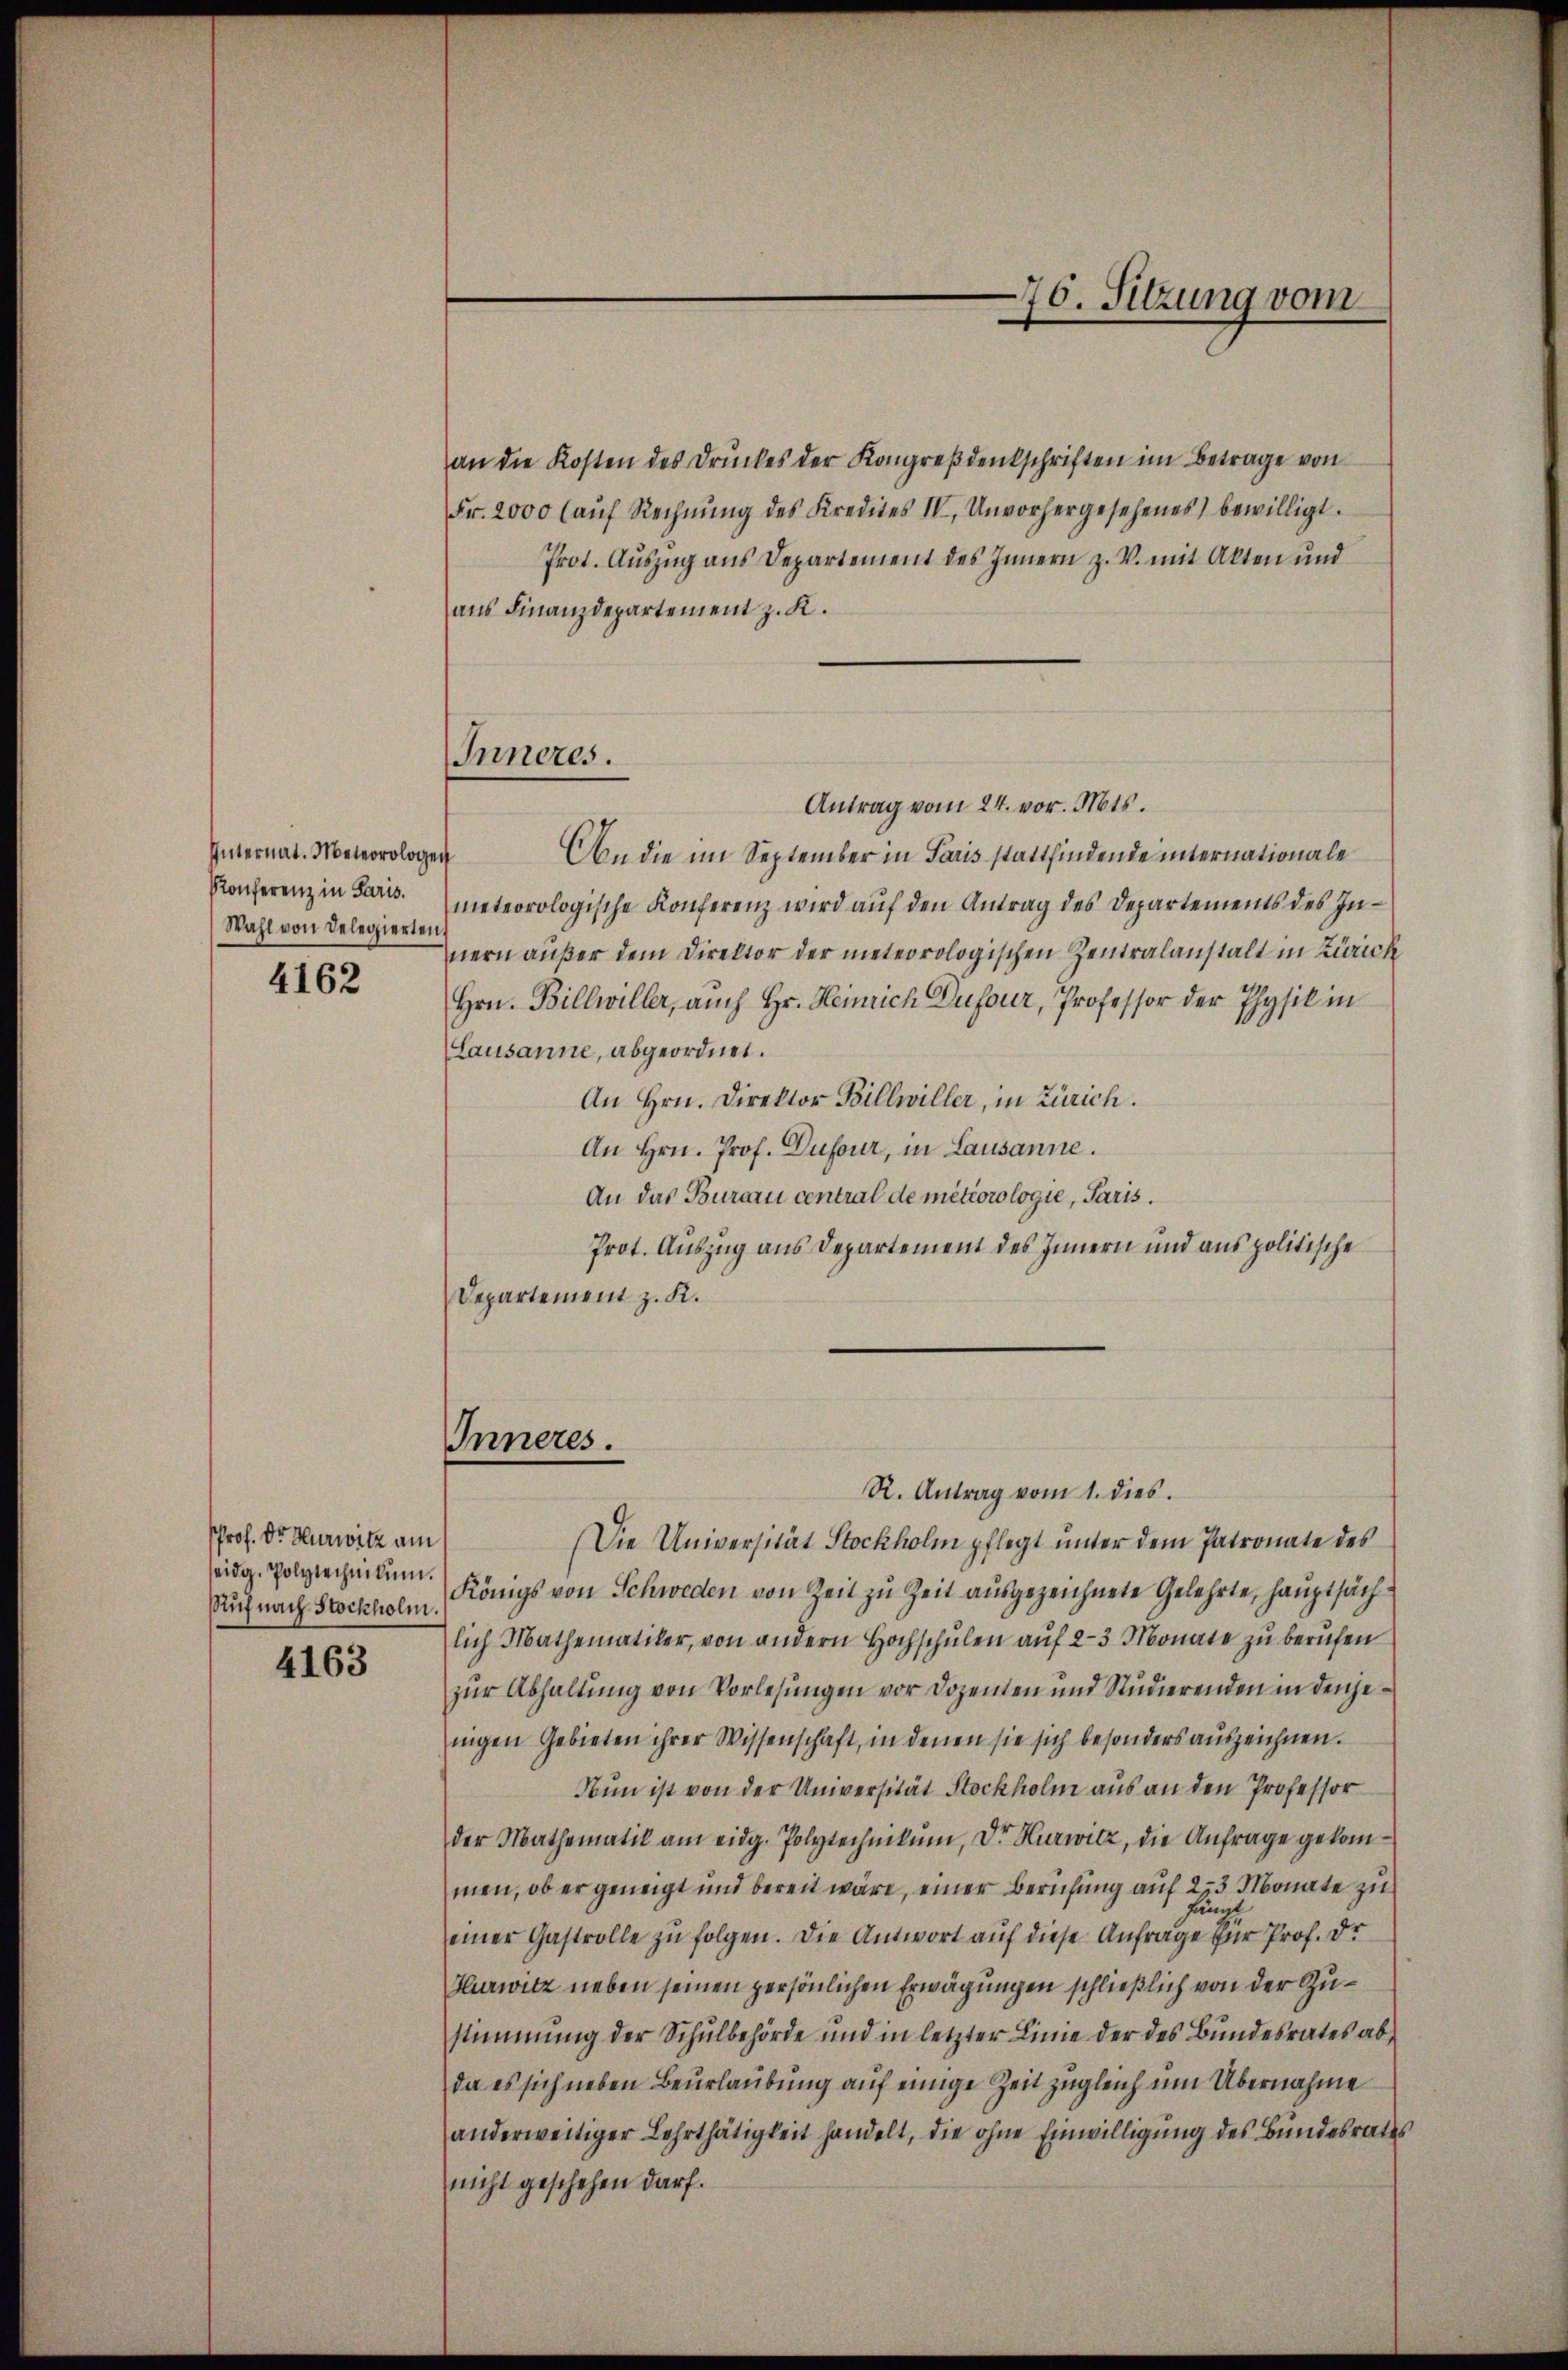
Internat. Meteorologen
Konferenz in Paris.
Wahl von Delegierten,

4162

an die Kosten des Drŭckes der Kongreβdenkschriften im Betrage von
Fr. 2000 (auf Rechnŭng des Kredites IV, Unvorhergesehenes) bewilligt.
Prot. Aŭszŭg ans Departement des Innern z. V. mit Akten und
aus Finanzdepartement z. K.

Antrag vom 24. vor. Mts.
on die im September in Paris stattfindende unternationale
meteorologische Konferenz wird auf den Antrag des Departements des Innern außer dem Direktor der meteorologischen Zentralanstalt in Zürich
Hrn. Billwiller, auch Hr. Heinrich Dufour, Professor der Physik in
Lausanne, abgeordnet.
An Hrn. Direktor Billwiller, in Zürich.
An Hrn. Prof. Dufour, in Lausanne.
An das Buraru central de meteorologie, Paris.
Prot. Auszug aus Departement des Innern und aus politische
Departement z. K.

PProf. Dr. Hurwitz am
seidg. Polytechnikum.
Ruf nach Stockholm.

4163

R. Antrag vom 1. dies
Die Universität Stockholm pflegt unter dem Patronate des
Königs von Schweden von Zeit zu Zeit ausgezeichnete Gelehrte, hauptsächlich Mathematiker, von andern Hochschŭlen aŭf 2-3 Monate zŭ berufen
zur Abhaltung von Vorlesungen vor Dozenten und Studierenden in denjenigen Gebieten ihrer Wissenschaft, in denen sie sich besonders auszeichnen.
Nun ist von der Universität Stockholm aus an den Professor
der Mathematik am eidg. Polytechnikum, Dr. Hurwitz, die Anfrage gekommen, ob er geneigt und bereit wäre, einer Berufung auf 253 Monate zu
en
einer Gastrolle zu folgen. Die Antwort auf diese Anfrage für Prof. Dr
Hurwitz neben seinen persönlichen Erwägungen schließlich von der Zustimmung der Schulbehörde und in letzter Linie der des Bundesrates abda es sich neben Beurlaubung auf einige Zeit zugleich um Übernahme
anderweitiger Lehrthätigkeit handelt, die ohne Einwilligung des Bundesrathes
nicht geschehen darf.

Inneres.

Inneres.

76. Sitzung vom